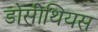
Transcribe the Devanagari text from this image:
डोसीथियस